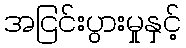
အငြင်းပွားမှုနှင့်